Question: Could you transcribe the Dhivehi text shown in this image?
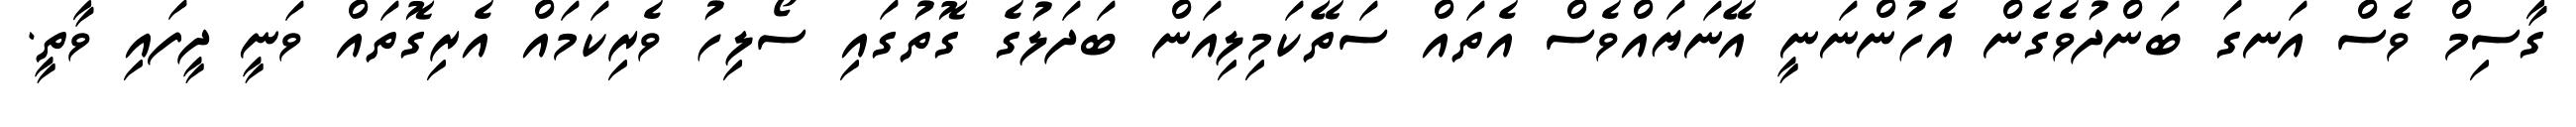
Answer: ގާސިމް ވެސް އަނގަ ބަންދުވެގެން އެހުންނަނީ އޭނަޔައްވެސް އެތައް ސަތޭކަމިލިއަން ބަދަލުގެ ގޮތުގައި ސޯލިހު ވެރިކަމައް އެރިގޮތައް ވަނީ ދީފައި ވާތީ.